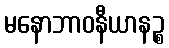
မနောဘာဝနီယာနဉ္စ